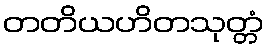
တတိယဟိတသုတ္တံ